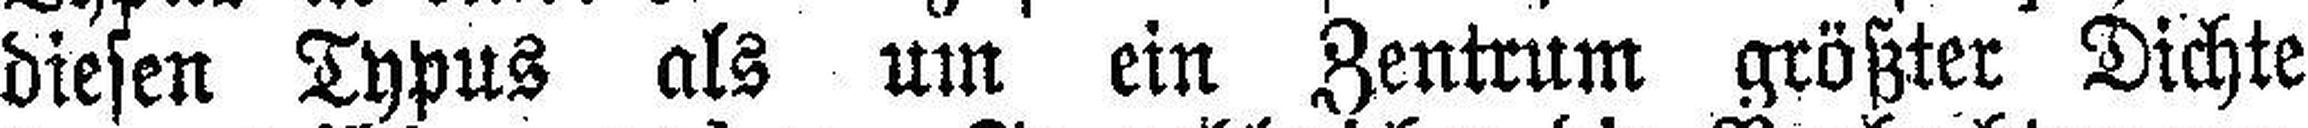
diesen Typus als um ein Zentrum größter Dichte